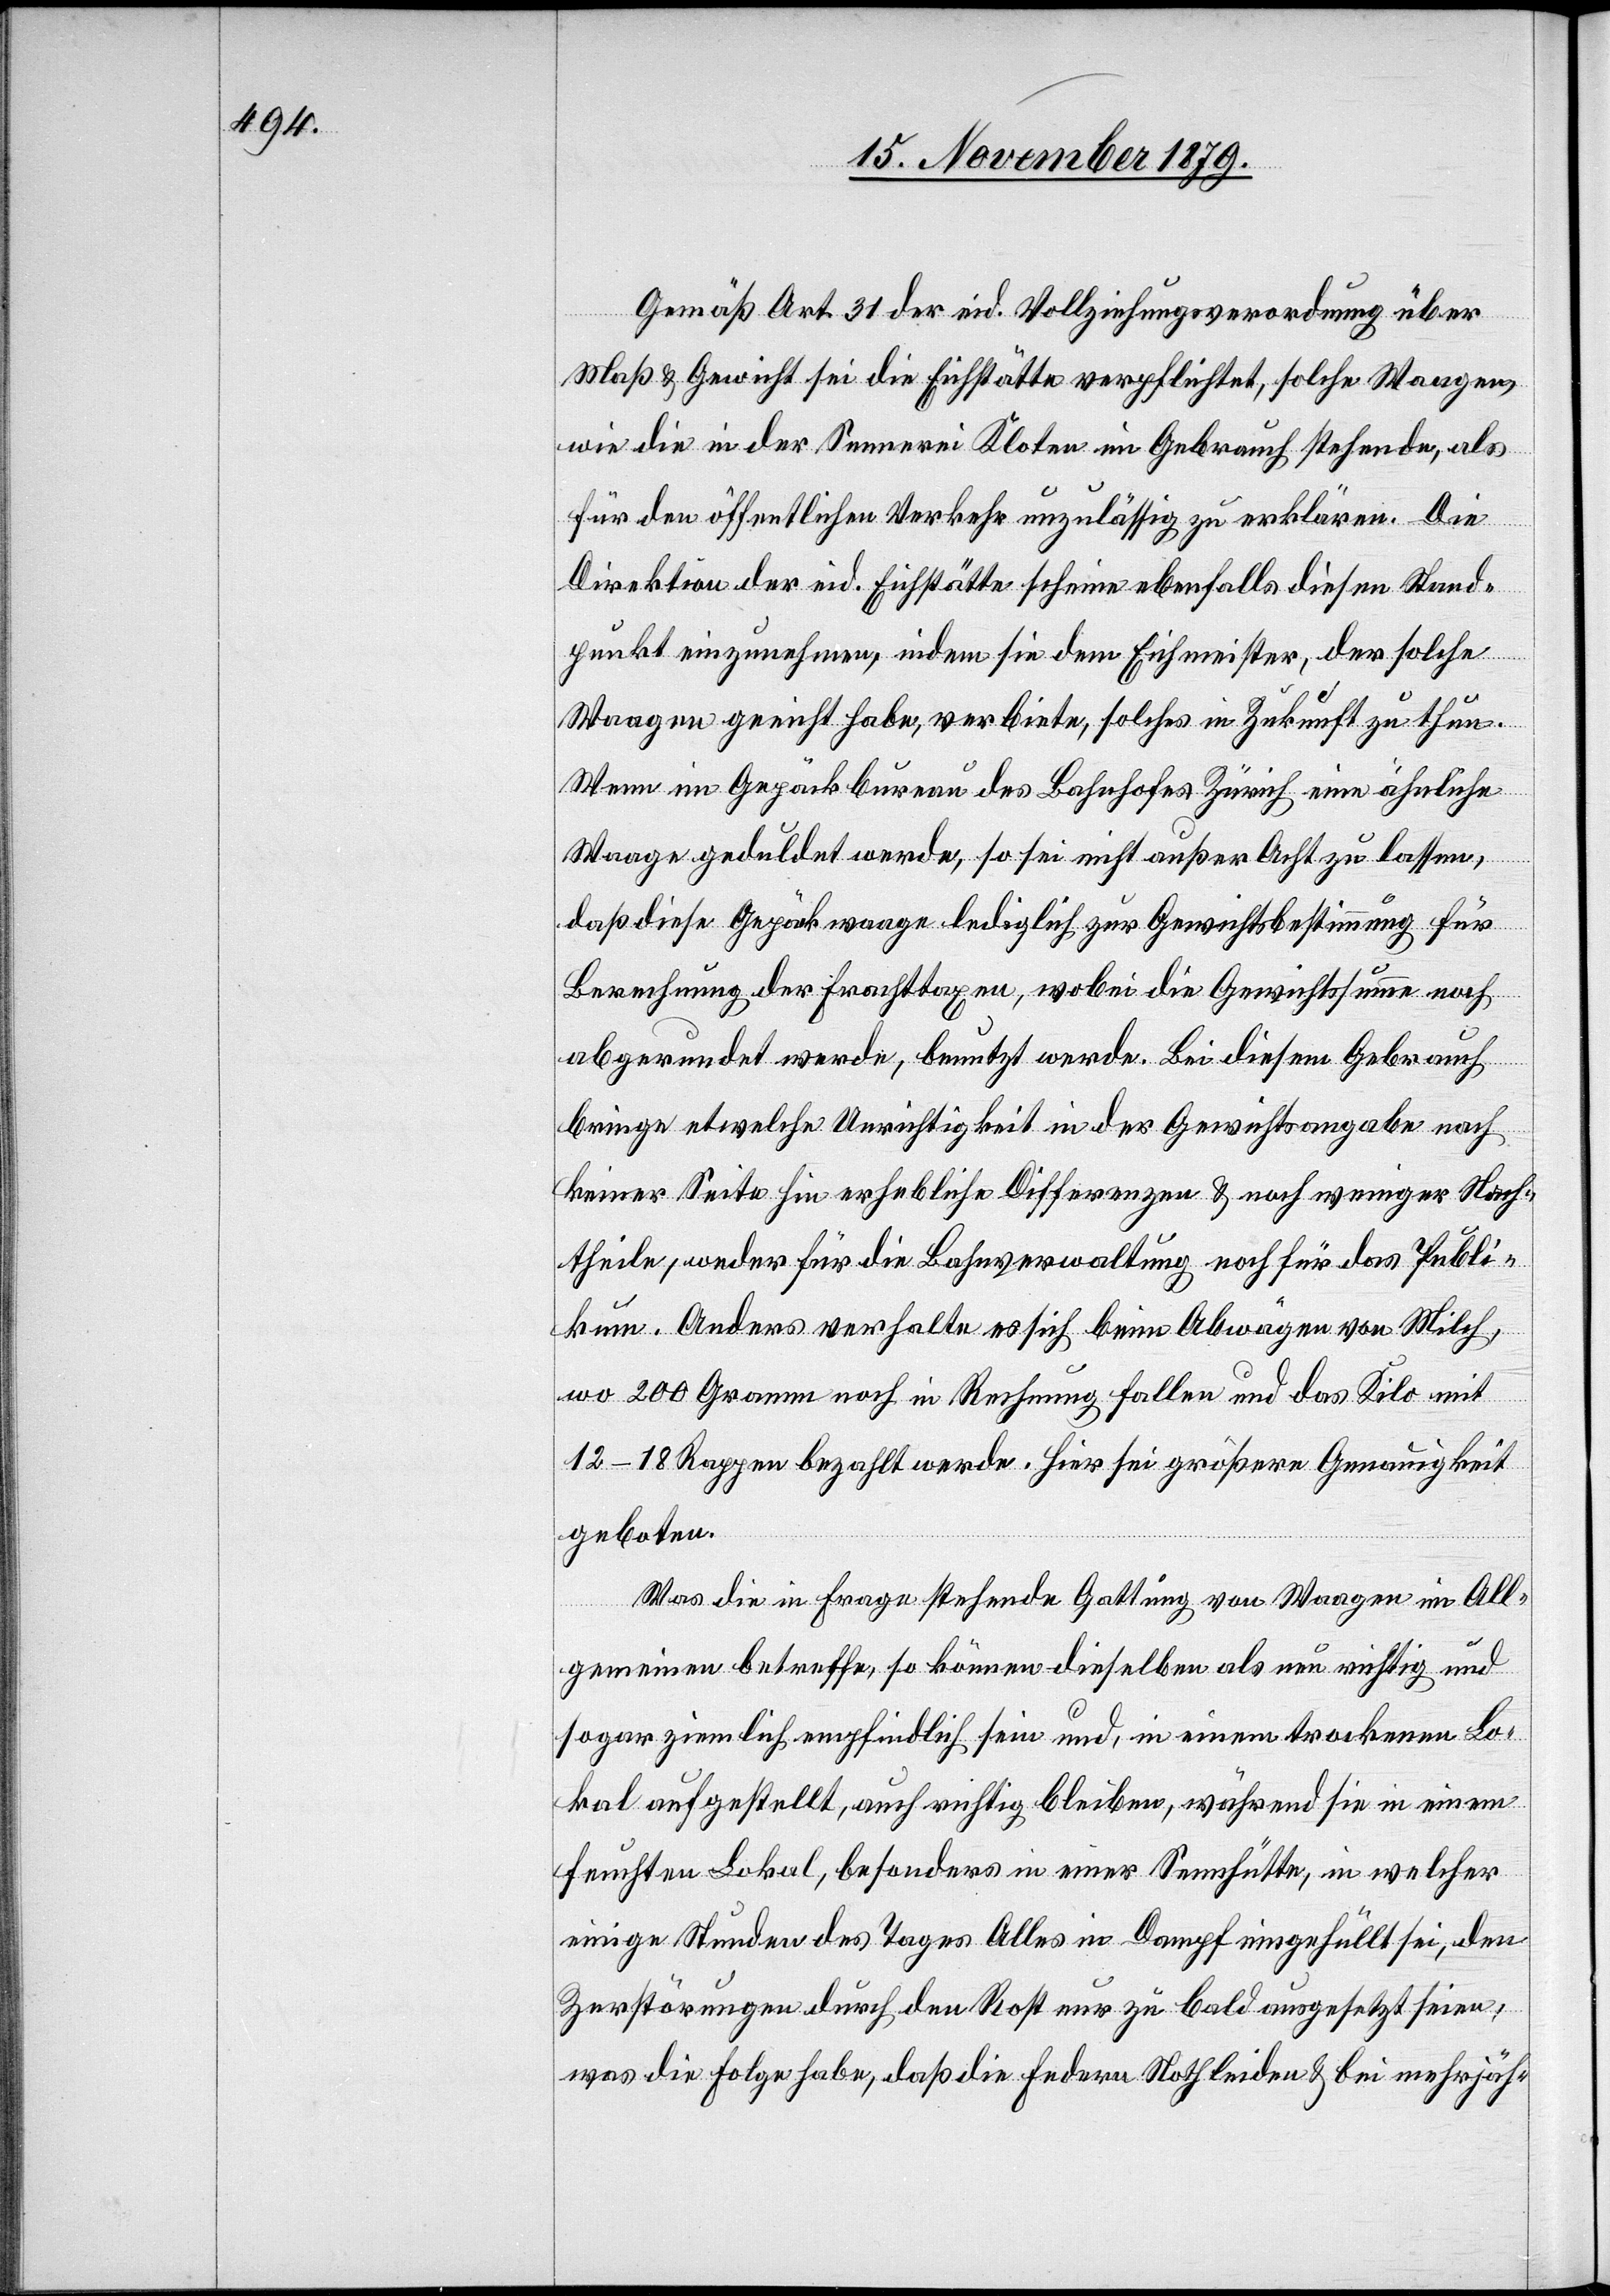
Gemäß Art. 31 der eid. Vollziehungsverordnung über
Maß & Gewicht sei die Eichstätte verpflichtet, solche Waagen
wie die in der Sennerei Kloten im Gebrauch stehende, als
für den öffentlichen Verkehr unzulässige zu erklären. Die
Direktion der eid. Eichstätte scheine ebenfalls diesen Stand¬
punkt einzunehmen, indem sie dem Eichmeister, der solche
Waagen geeicht habe, verbiete, solches in Zukunft zu thun.
Wenn im Gepäckbureau des Bahnhofes Zürich eine ähnliche
Waage geduldet werde, so sei nicht außer Acht zu lassen,
das diese Gepäckwaage lediglich zur Gewichtsbestimmung für
Berechnung der Frachttaxen, wobei die Gewichtssumme noch
abgerundet werde, benutzt werde, Bei diesem Gebrauch
bringe etwelche Unrichtigkeit in der Gewichtsangabe nach
keiner Seite hin erhebliche Differenzen & noch weniger Nach¬
theile, weder für die Bahnverwaltung noch für das Publi¬
kum. Anders verhalte es sich beim Abwägen von Milch
wo 200 Gramm noch in Rechnung fallen und das Kilo mit
12–18 Rappen bezahlt werde. Hier sei größere Genauigkeit
geboten.
Was die in Frage stehende Gattung von Waagen im All¬
gemeinen betreffe, so können dieselben als neu richtig und
sogar ziemlich empfindlich sein und, in einem trockenen Lo¬
kal aufgestellt, auch richtig bleiben, während sie in einem
feuchten Lokal, besonders in einer Sennhütte, in welcher
einige Stunden des Tages Alles in Dampf eingefüllt sei, den
Zerstörungen durch den Rost nur zu bald ausgesetzt seien;
was die Folge habe, daß die Federn Noth leiden & bei mehrjäh-